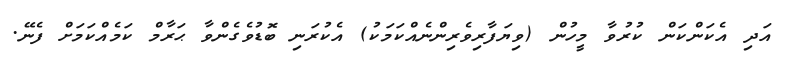
އަދި އެކަންކަން ކުރުވާ މީހުން (ވިޔަފާރިވެރިންނެއްކަމަކު) އެކުރަނި ބޮޑުވެގެންވާ ޙަރާމް ކަމެއްކަމަށް ފެނޭ.